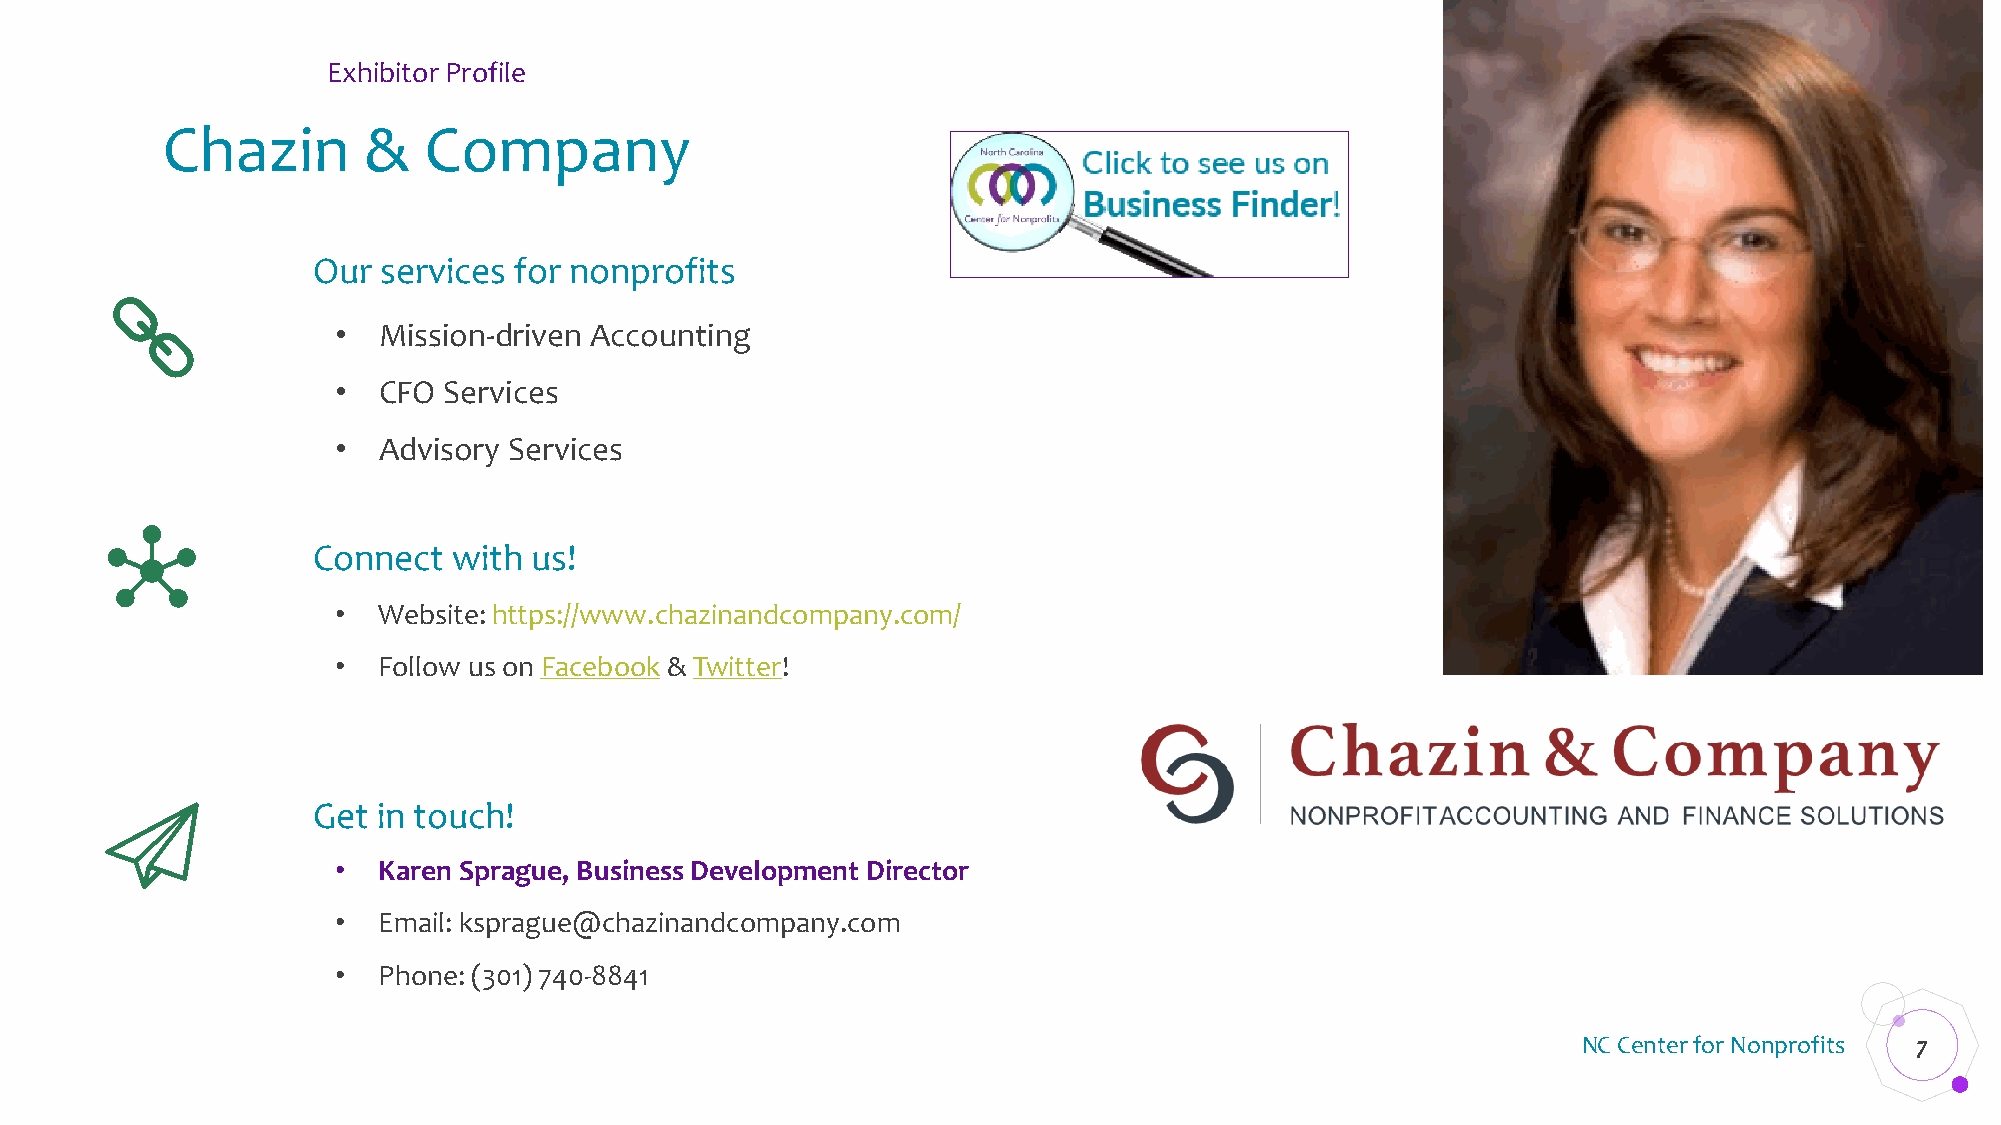
Exhibitor Profile
 Chazin       &   Company
 Our services for nonprofits
 •  Mission-driven Accounting
 •  CFO Services
 •  Advisory Services
 Connect  with us!
 •  Website: https://www.chazinandcompany.com/
 •  Follow us on Facebook & Twitter!
 Get in touch!
 •  Karen Sprague, Business Development Director
 •  Email: ksprague@chazinandcompany.com
 •  Phone: (301) 740-8841
 NC Center for Nonprofits 7